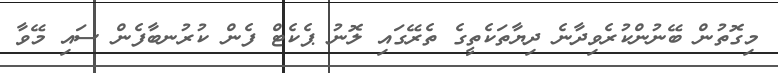
މިގޮތުން ބޭނުންކުރެވިދާނެ ދިޔާތަކެތީގެ ތެރޭގައި ލޮނު ޕެކެޓް ފެން ކުރުނބާފެން ސައި މޭވާ